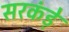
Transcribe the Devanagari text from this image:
सरकंड़े